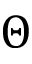
\Theta